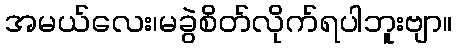
အမယ်လေး၊မခွဲစိတ်လိုက်ရပါဘူးဗျာ။